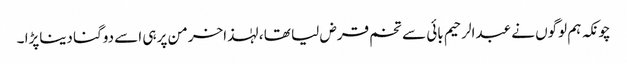
چونکہ ہم لوگوں نے عبدالرحیم بائی سے تخم قرض لیا تھا ، لہٰذاخرمن پر ہی اسے دوگنا دیناپڑا ۔